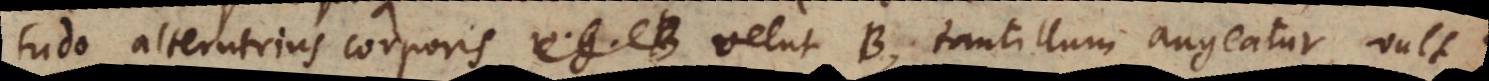
tudo alterutrius corporis velut B, tantillum augeatur, vult